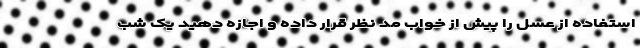
استفاده از عسل را پیش از خواب مد نظر قرار داده و اجازه دهید یک شب